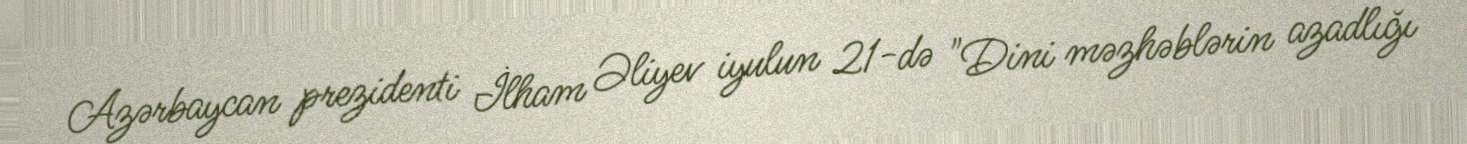
Azərbaycan prezidenti İlham Əliyev iyulun 21-də "Dini məzhəblərin azadlığı